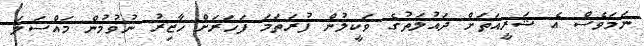
ނަަމަވެސް އެ ޝަރީއަތަށް ދައުލަތުގެ ވަކީލުން ފުރަތަމަ ފަހަރަށް ހާޒިރު ނުވުމުން މައްސަލަ